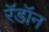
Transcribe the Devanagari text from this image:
रॅडॉन